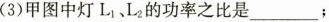
(3)甲图中灯L_{1}、L_{2}的功率之比是___；